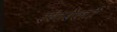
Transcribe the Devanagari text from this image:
रंगरेलों